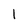
Character: 1